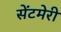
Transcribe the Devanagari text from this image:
सेंटमेरी